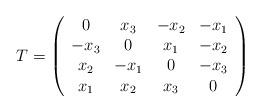
\begin{align*}T = \left( \begin{array}{cccc} 0 & x_{3} & -x_{2} & -x_{1} \\ -x_{3} & 0 &x_{1} & -x_{2} \\ x_{2} & -x_{1} & 0 & -x_{3} \\ x_{1} & x_{2} & x_{3} & 0\end{array} \right)\end{align*}